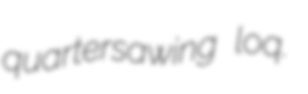
quartersawing loq.